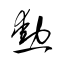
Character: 勲